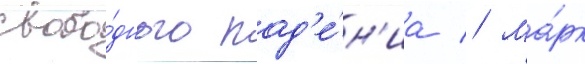
свобо́дного пад'е́н'иа // Ма́рк